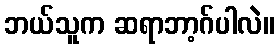
ဘယ်သူက ဆရာဘာ့ဂ်ပါလဲ။